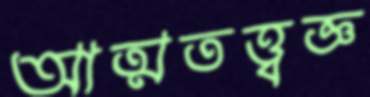
আত্মতত্ত্বজ্ঞ